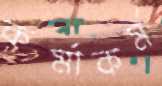
কর্মাকর্ম